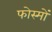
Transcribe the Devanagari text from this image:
फोस्मों